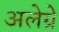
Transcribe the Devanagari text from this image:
अलेग्रे